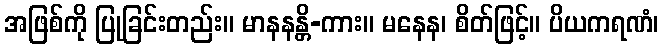
အဖြစ်ကို ပြုခြင်းတည်း။ မာနနန္တိ-ကား။ မနေန၊ စိတ်ဖြင့်။ ပိယကရဏံ၊